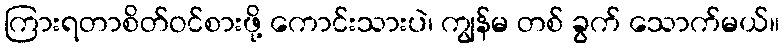
ကြားရတာစိတ်ဝင်စားဖို့ ကောင်းသားပဲ၊ ကျွန်မ တစ် ခွက် သောက်မယ်။